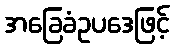
အခြေခံဥပဒေဖြင့်